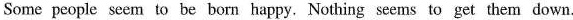
Some people seem to be born happy. Nothing seems to get them down.